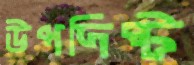
উপদিষ্ট